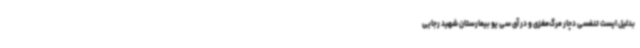
بدلیل ایست تنفسی دچار مرگ‌مغزی و در آی سی یو بیمارستان شهید رجایی